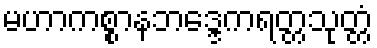
မဟာကစ္စာနဘဒ္ဒေကရတ္တသုတ္တံ